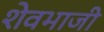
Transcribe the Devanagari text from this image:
शेवभाजी